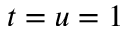
t = u = 1